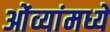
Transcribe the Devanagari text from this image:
ओंव्यांमध्यें